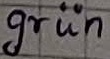
Text: grün